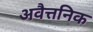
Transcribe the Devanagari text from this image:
अवैत्तनिक